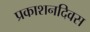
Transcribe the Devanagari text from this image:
प्रकाशनदिवस